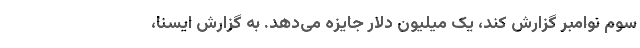
سوم نوامبر گزارش کند، یک میلیون دلار جایزه می‌دهد. به گزارش ایسنا،